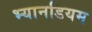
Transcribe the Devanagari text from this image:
भ्यानडियम